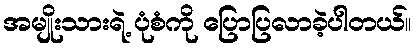
အမျိုးသားရဲ့ ပုံစံကို ပြောပြလာခဲ့ပါတယ်။